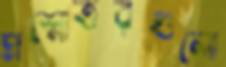
প্রশ্নোত্তরগুলো